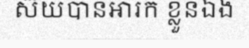
ស៊យបានអារក ខ្លួនឯង